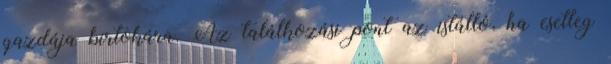
gazdája birtokára. Az találkozási pont az istálló, ha esetleg